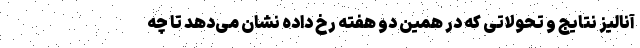
آنالیز نتایج و تحولاتی که در همین دو هفته رخ داده نشان می‌دهد تا چه